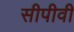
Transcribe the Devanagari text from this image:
सीपीवी